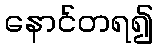
နောင်တရ၍